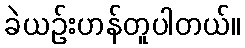
ခဲယဉ်းဟန်တူပါတယ်။